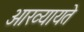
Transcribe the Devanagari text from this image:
आख्यायते